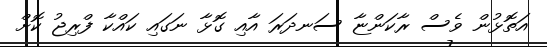
އަަތޮޅުން ވެސް ރާކަންޏާ ސަނދަރަ އާއި ގޮޅާ ނަގައި ކައްކާ ފްރިޖު ކޮށް